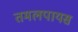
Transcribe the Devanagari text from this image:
तमलपायस